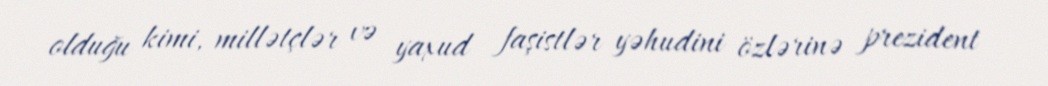
olduğu kimi, millətçlər və yaxud faşistlər yəhudini özlərinə prezident